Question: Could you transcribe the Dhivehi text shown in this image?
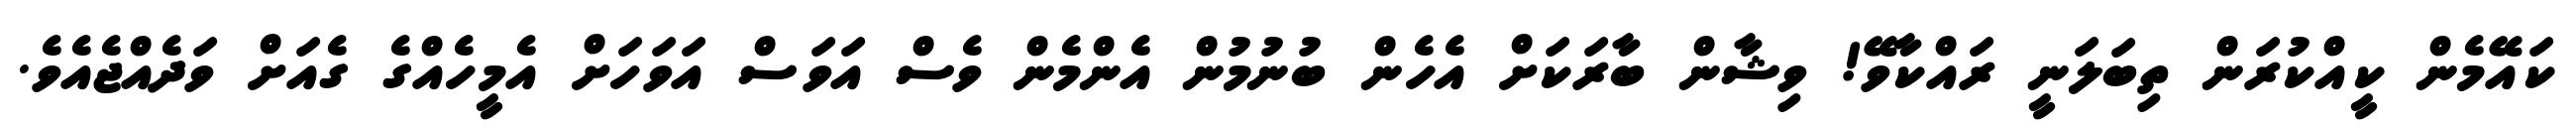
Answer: ކައޭމެން ކީއްކުރަން ތިބަލަނީ ރައްކާވޭ! ވިޝާން ބާރަކަށް އެހެން ބުނުމުން އެންމެން ވެސް އަވަސް އަވަހަށް އެމީހެއްގެ ގެއަށް ވަދެއްޖެއެވެ.